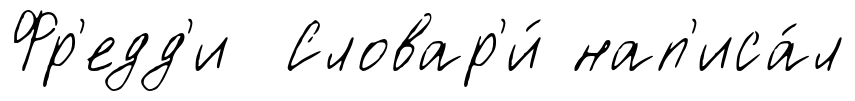
Фр'едд'и Словар'и́ нап'иса́л